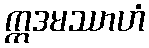
ဣဒမဿာဟံ